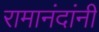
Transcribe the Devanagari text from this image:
रामानंदांनी